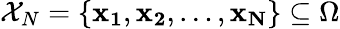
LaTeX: \mathcal{X}_{N}=\left\{ \mathbf{x_{1}},\mathbf{x_{2}},\dotsc,\mathbf{x_{N}}\right\} \subseteq\Omega